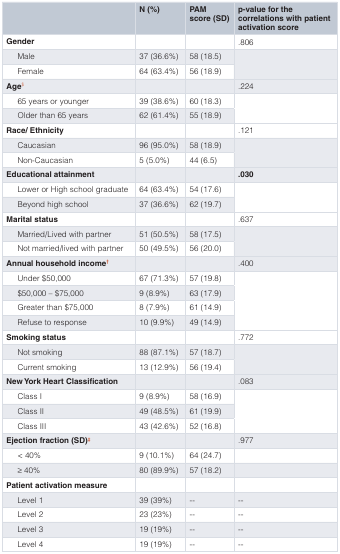
<table><thead><tr><td></td><td><b>N (%)</b></td><td><b>PAMscore (SD)</b></td><td><b>p-value for thecorrelations with patientactivation score</b></td></tr></thead><tbody><tr><td><b>Gender</b></td><td></td><td></td><td>.806</td></tr><tr><td>Male</td><td>37 (36.6%)</td><td>58 (18.5)</td><td rowspan="2"></td></tr><tr><td>Female</td><td>64 (63.4%)</td><td>56 (18.9)</td></tr><tr><td><b>Age</b><sup>$</sup></td><td></td><td></td><td>.224</td></tr><tr><td>65 years or younger</td><td>39 (38.6%)</td><td>60 (18.3)</td><td rowspan="2"></td></tr><tr><td>Older than 65 years</td><td>62 (61.4%)</td><td>55 (18.9)</td></tr><tr><td><b>Race/ Ethnicity</b></td><td></td><td></td><td>.121</td></tr><tr><td>Caucasian</td><td>96 (95.0%)</td><td>58 (18.9)</td><td rowspan="2"></td></tr><tr><td>Non-Caucasian</td><td>5 (5.0%)</td><td>44 (6.5)</td></tr><tr><td><b>Educational attainment</b></td><td></td><td></td><td><b>.030</b></td></tr><tr><td>Lower or High school graduate</td><td>64 (63.4%)</td><td>54 (17.6)</td><td rowspan="2"></td></tr><tr><td>Beyond high school</td><td>37 (36.6%)</td><td>62 (19.7)</td></tr><tr><td><b>Marital status</b></td><td></td><td></td><td>.637</td></tr><tr><td>Married/Lived with partner</td><td>51 (50.5%)</td><td>58 (17.5)</td><td rowspan="2"></td></tr><tr><td>Not married/lived with partner</td><td>50 (49.5%)</td><td>56 (20.0)</td></tr><tr><td><b>Annual household income<sup>†</sup></b></td><td></td><td></td><td>.400</td></tr><tr><td>Under $50,000</td><td>67 (71.3%)</td><td>57 (19.8)</td><td rowspan="4"></td></tr><tr><td>$50,000 – $75,000</td><td>9 (8.9%)</td><td>63 (17.9)</td></tr><tr><td>Greater than $75,000</td><td>8 (7.9%)</td><td>61 (14.9)</td></tr><tr><td>Refuse to response</td><td>10 (9.9%)</td><td>49 (14.9)</td></tr><tr><td><b>Smoking status</b></td><td></td><td></td><td>.772</td></tr><tr><td>Not smoking</td><td>88 (87.1%)</td><td>57 (18.7)</td><td rowspan="2"></td></tr><tr><td>Current smoking</td><td>13 (12.9%)</td><td>56 (19.4)</td></tr><tr><td><b>New York Heart Classification</b></td><td></td><td></td><td>.083</td></tr><tr><td>Class I</td><td>9 (8.9%)</td><td>58 (16.9)</td><td rowspan="3"></td></tr><tr><td>Class II</td><td>49 (48.5%)</td><td>61 (19.9)</td></tr><tr><td>Class III</td><td>43 (42.6%)</td><td>52 (16.8)</td></tr><tr><td><b>Ejection fraction (SD)<sup>‡</sup></b></td><td></td><td></td><td>.977</td></tr><tr><td>&lt; 40%</td><td>9 (10.1%)</td><td>64 (24.7)</td><td></td></tr><tr><td>≥ 40%</td><td>80 (89.9%)</td><td>57 (18.2)</td><td></td></tr><tr><td><b>Patient activation measure</b></td><td></td><td></td><td></td></tr><tr><td>Level 1</td><td>39 (39%)</td><td>--</td><td>--</td></tr><tr><td>Level 2</td><td>23 (23%)</td><td>--</td><td>--</td></tr><tr><td>Level 3</td><td>19 (19%)</td><td>--</td><td>--</td></tr><tr><td>Level 4</td><td>19 (19%)</td><td>--</td><td>--</td></tr></tbody></table>